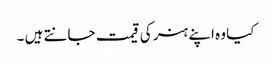
کیا وہ اپنے ہنر کی قیمت جانتے ہیں ۔